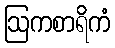
ဩကစာရိကံ